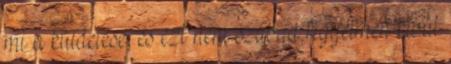
mi a küldetése, és ezt nem szabad figyelmen kívül